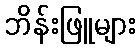
ဘိန်းဖြူများ